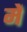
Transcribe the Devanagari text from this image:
में